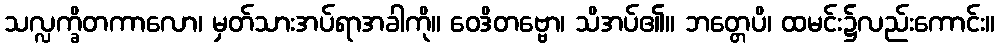
သလ္လက္ခိတကာလော၊ မှတ်သားအပ်ရာအခါကို။ ဝေဒိတဗ္ဗော၊ သိအပ်၏။ ဘတ္တေပိ၊ ထမင်း၌လည်းကောင်း။